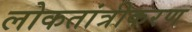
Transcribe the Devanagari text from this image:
लोकतांत्रीकरण